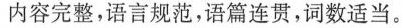
内容完整,语言规范,语篇连贯,词数适当。